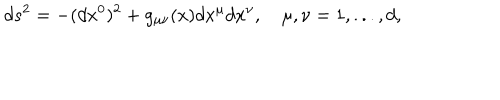
d s ^ { 2 } = - ( d x ^ { 0 } ) ^ { 2 } + g _ { \mu \nu } ( x ) d x ^ { \mu } d x ^ { \nu } , \quad \mu , \nu = 1 , . . . , d ,